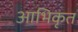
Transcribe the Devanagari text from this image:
आभिकृत